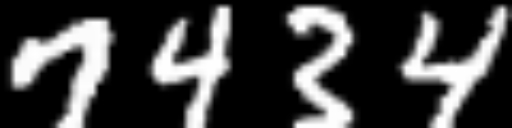
Text: 7434